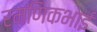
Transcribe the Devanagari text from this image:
रमणिकभाई